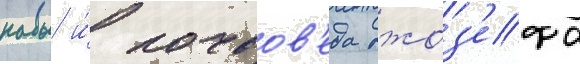
навы и́ почвов'еда джоз'ефа